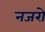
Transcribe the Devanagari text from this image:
नजरो